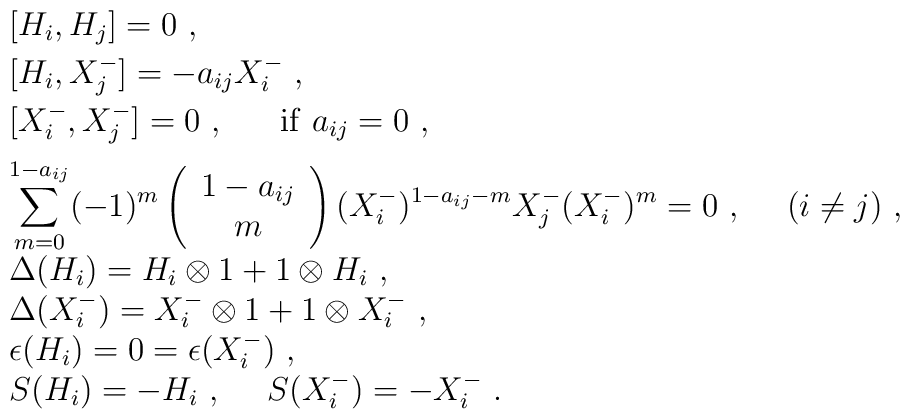
\begin{array}{l}[H_i,H_j]=0~,\\[1mm][H_i,X_j^-]=-a_{ij}X_i^-~,\\[1mm][X_i^-,X_j^-]=0~,~~~~~{\rm if}~a_{ij}=0~,\\[2mm]\displaystyle\sum_{m=0}^{1-a_{ij}}(-1)^m\left(\begin{array}{c}                                                   1-a_{ij}\\                                                   m                                                   \end{array}\right)(X_i^-)^{1-a_{ij}-m}X_j^-(X_i^-)^m=0~,~~~~ (i\not=j)~,\\[2mm]\Delta(H_i)=H_i\otimes 1+1\otimes H_i~,\\\Delta(X_i^-)=X_i^-\otimes 1+1\otimes X_i^-~,\\\epsilon(H_i)=0=\epsilon(X_i^-)~,\\S(H_i)=-H_i~,~~~~S(X_i^-)=-X_i^-~.\end{array}